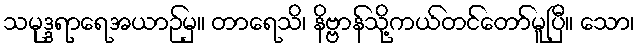
သမုဒ္ဒရာရေအယာဉ်မှ။ တာရေသိ၊ နိဗ္ဗာန်သို့ကယ်တင်တော်မူပြီ။ သော၊